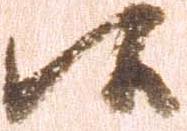
候